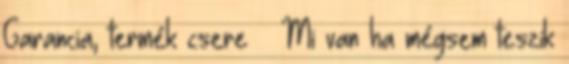
Garancia, termék csere – Mi van ha mégsem teszik